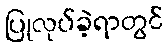
ပြုလုပ်ခဲ့ရာတွင်